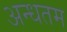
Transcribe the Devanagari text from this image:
अन्धतम